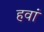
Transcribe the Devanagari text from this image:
हवां